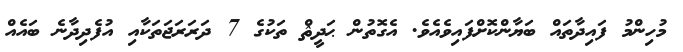
މުހިންމު ފައިދާތައް ބަޔާންކޮށްފައިވެއެވެ. އެގޮތުން ޙަދީޘް ތަކުގެ 7 ދަރަރަޖަތަކާއި އުފެދިދާނެ ބައެއް